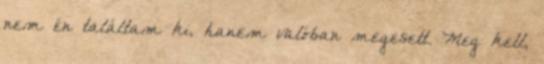
nem én találtam ki, hanem valóban megesett. Meg kell,